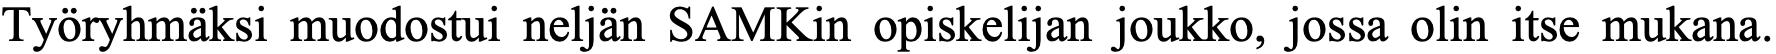
Työryhmäksi muodostui neljän SAMKin opiskelijan joukko, jossa olin itse mukana.